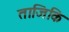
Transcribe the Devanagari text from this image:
ताजिकि